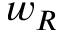
w _ { R }